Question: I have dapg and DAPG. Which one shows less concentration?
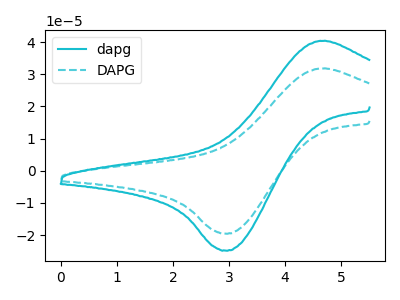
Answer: <think>The cyan curve "dapg" has an anodic peak at (4.60V, 40.40uA) and a cathodic peak at (2.95V, -24.85uA). The cyan dashed curve "DAPG" has an anodic peak at (4.60V, 31.80uA) and a cathodic peak at (2.95V, -19.55uA).
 All the peaks in "dapg" have a peak in "DAPG" at the same potential. Every peak in "dapg" is higher than every peak in "DAPG".</think>
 <answer>"dapg" has more signal than "DAPG" and so likely has a higher concentration.</answer>
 <eval>more_concentration</eval>